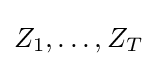
Z_{1},\ldots ,Z_{T}